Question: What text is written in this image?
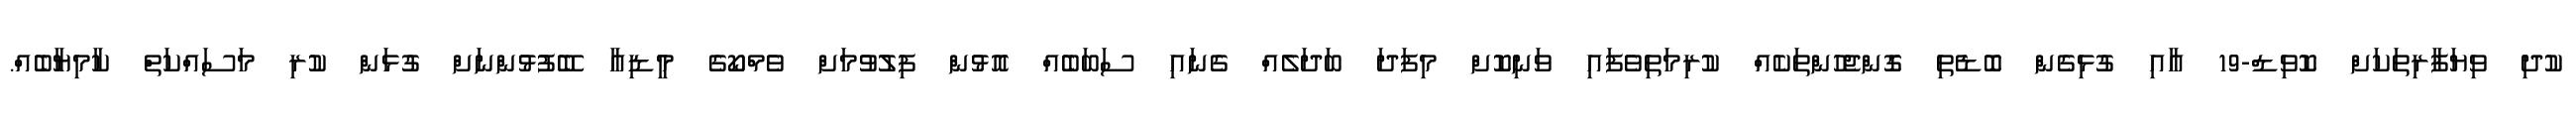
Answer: ކުދި ވިޔަފާރިތަކަށް ކޮވިޑް-19 އާއި ގުޅިގެން ބޮޑެތި ގޮންޖެހުންތަކެއް ކުރިމަތިވެފައި ވަނިކޮށް މިފަދަ ބަދަލެއް ގެނައި ސަބަބެއް އޮޅުން ފިލުވުމަށް ވެމްކޯގެ މީޑިއާ ބޭފުޅުންނަށް ގުޅަން ކުރި މަސައްކަތް ކާމިޔާބެއް.